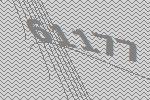
61177